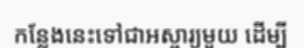
កន្លែងនេះទៅជាអស្ចារ្យមួយ ដើម្បី